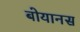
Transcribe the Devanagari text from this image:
बोयानस